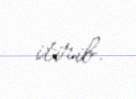
itirib.